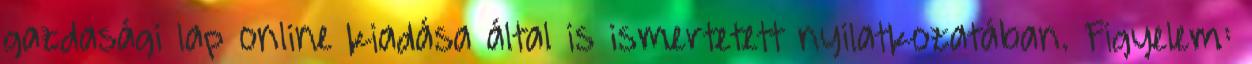
gazdasági lap online kiadása által is ismertetett nyilatkozatában. Figyelem: